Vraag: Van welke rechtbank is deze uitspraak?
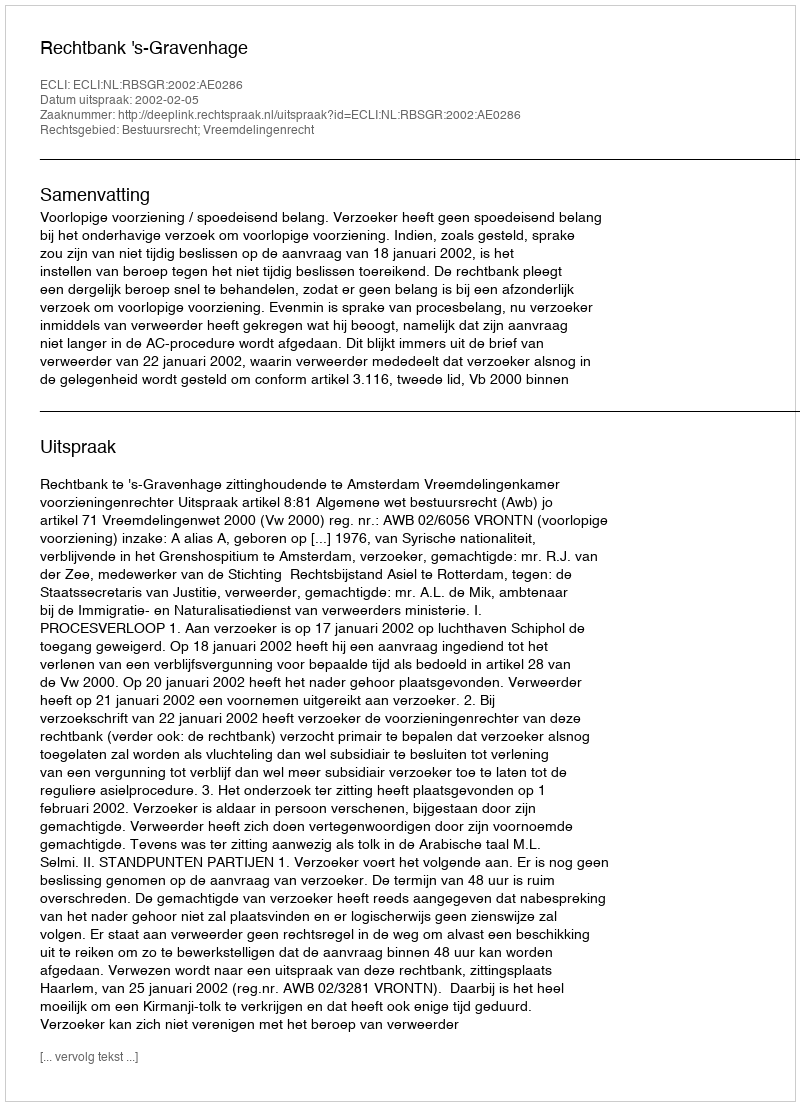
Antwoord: Rechtbank 's-Gravenhage